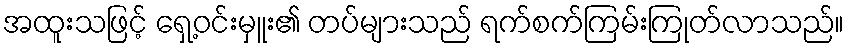
အထူးသဖြင့် ရှေ့ဝင်းမှူး၏ တပ်များသည် ရက်စက်ကြမ်းကြုတ်လာသည်။